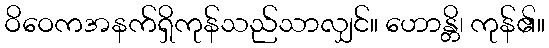
ဝိဝေကအနက်ရှိကုန်သည်သာလျှင်။ ဟောန္တိ၊ ကုန်၏။